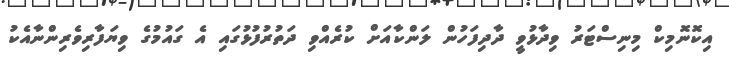
އިކޮނޮމިކް މިނިސްޓަރު ވިދާޅުވީ ދާދިފަހުން ލަންކާއަށް ކުރެއްވި ދަތުރުފުޅުގައި އެ ގައުމުގެ ވިޔަފާރިވެރިންނާއެކު